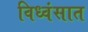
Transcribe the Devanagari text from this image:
विध्वंसात